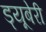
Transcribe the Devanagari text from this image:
ड्यूबेरी